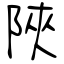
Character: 陜